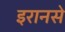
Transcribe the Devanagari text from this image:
इरानसे